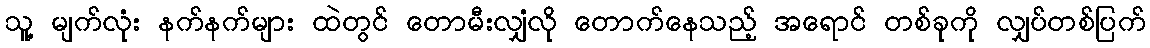
သူ့ မျက်လုံး နက်နက်များ ထဲတွင် တောမီးလျှံလို တောက်နေသည့် အရောင် တစ်ခုကို လျှပ်တစ်ပြက်